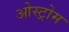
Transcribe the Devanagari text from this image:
ओस्ट्रोम